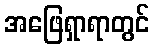
အဖြေရှာရာတွင်